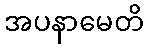
အပနာမေတိ